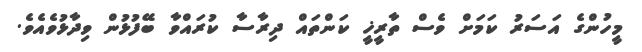
މީހުންގެ އަސަރު ކަމަށް ވެސް ތާރީޚީ ކަންތައް ދިރާސާ ކުރައްވާ ބޭފުޅުން ވިދާޅުވެއެވެ.